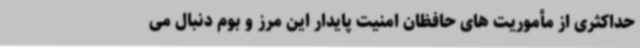
حداکثری از مأموریت های حافظان امنیت پایدار این مرز و بوم دنبال می